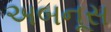
અબનૂસ